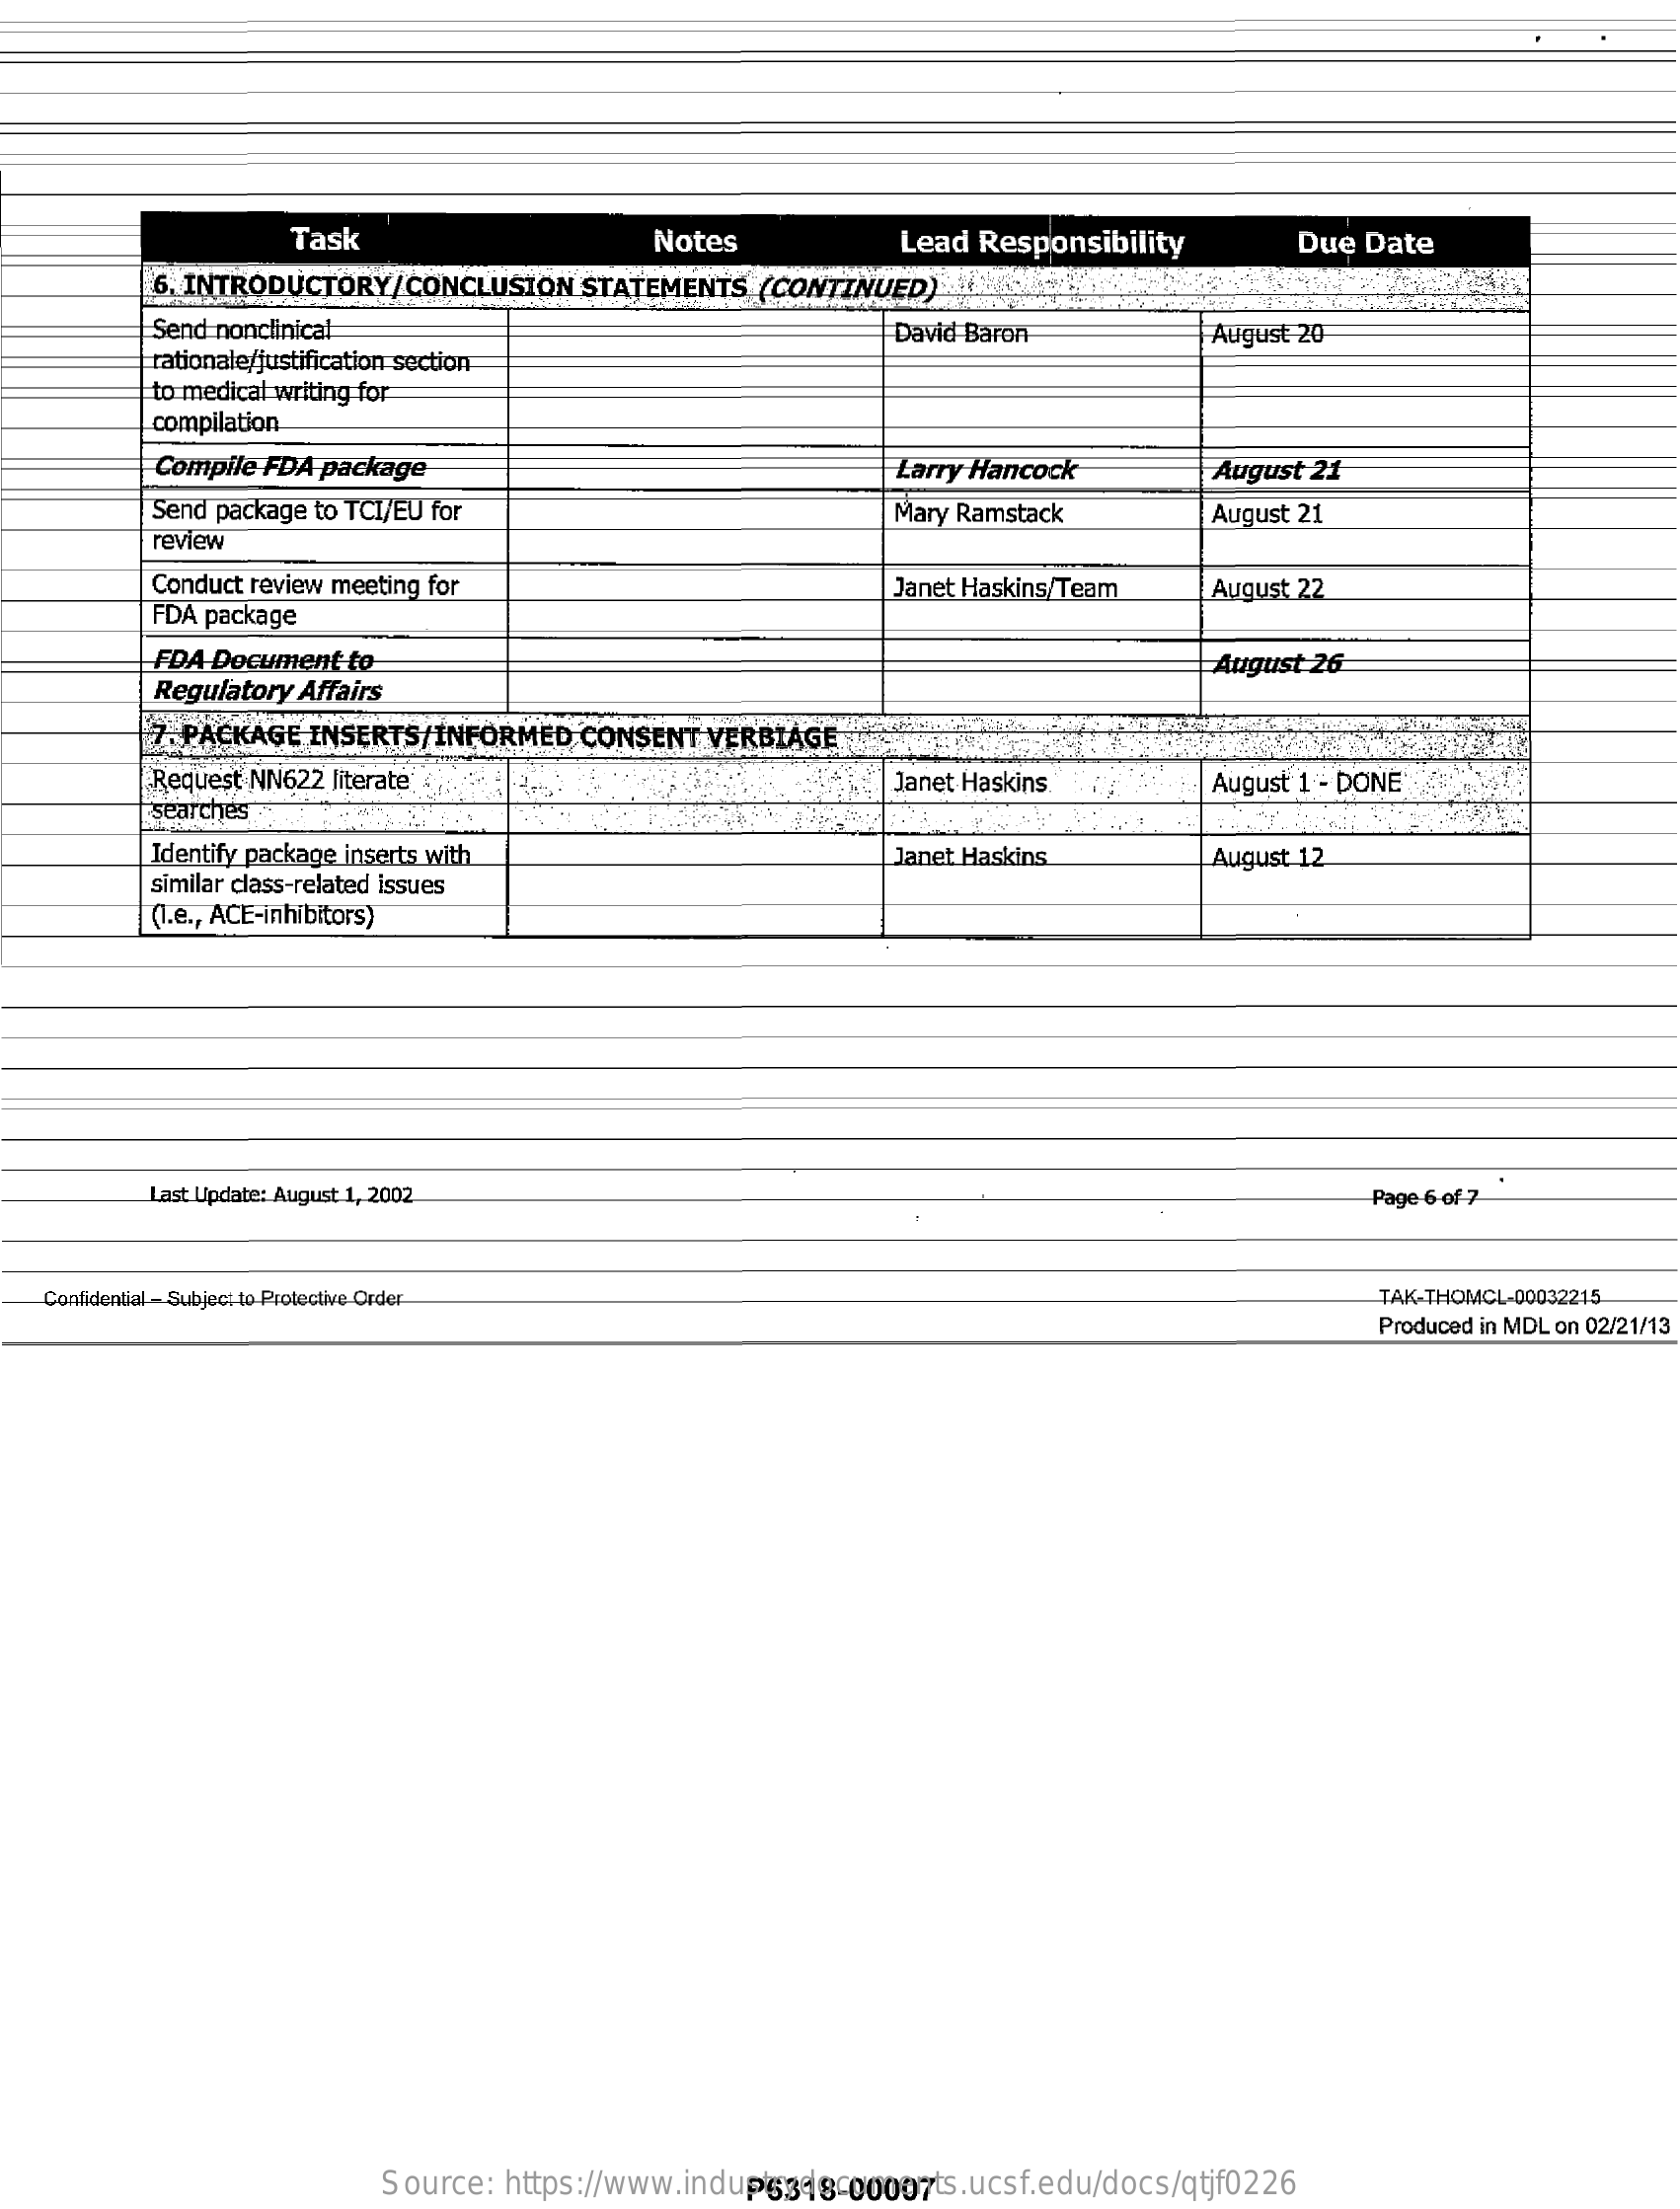
Task    Notes    Lead  Responsibility    Due Date
     6. INTRODUCTORY/CONCLUSION    STATEMENTS   (CONTINUED)
     Send nonclinical
     rationale/justification section
     David Baron    August 20
     to medical writing for
     compilation
     Compile FDA  package    Larry Hancock    August 21
     Send package to TCI/EU for
     review
     Mary Ramstack    August 21
     Conduct review meeting for
     FDA package
     Janet Haskins/Team    August 22
     FDA Document   to
     Regulatory Affairs
     August 26
     7. PACKAGE  INSERTS/INFORMED    CONSENT   VERBIAGE
     Request NN622 literate    Janet Haskins
     searches
     August 1 - DONE
     Identify package inserts with
     similar class-related issues
     Janet Haskins    August 12
     (I.e ., ACE-inhibitors)
     Last Update: August 1, 2002    Page-6 of 7
    Confidential - Subject to Protective Order    TAK-THOMCL-00032215
     Produced in MDL on 02/21/13
     Source:  https://www.industrydocuments.ucsf.edu/docs/qtjf0226 P6318-00007